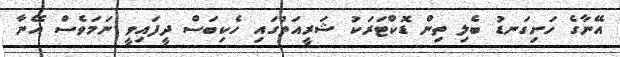
އޭނާގެ ހަށިގަނޑު ބެލި ތިން ޑޮކްޓަރަކު ޝަރީއަތުގައި ހެކިބަސް ދީފައިވީ ނަމަވެސް އޭނާ